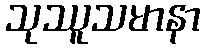
သုဿူသမာနာ